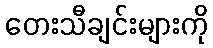
တေးသီချင်းများကို